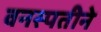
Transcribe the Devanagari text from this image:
वनस्पतीने